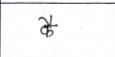
मजकूर: कै